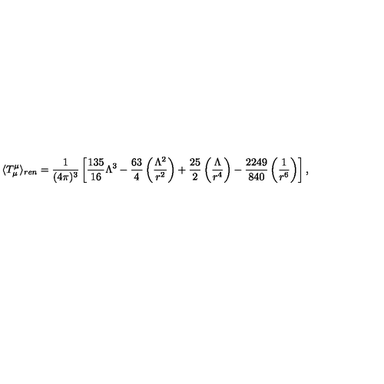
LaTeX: \langle T _ { \mu } ^ { \mu } \rangle _ { r e n } = \frac { 1 } { ( 4 \pi ) ^ { 3 } } \left[ \frac { 1 3 5 } { 1 6 } \Lambda ^ { 3 } - \frac { 6 3 } { 4 } \left( \frac { \Lambda ^ { 2 } } { r ^ { 2 } } \right) + \frac { 2 5 } { 2 } \left( \frac { \Lambda } { r ^ { 4 } } \right) - \frac { 2 2 4 9 } { 8 4 0 } \left( \frac { 1 } { r ^ { 6 } } \right) \right] ,